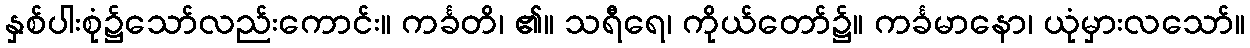
နှစ်ပါးစုံ၌သော်လည်းကောင်း။ ကင်္ခတိ၊ ၏။ သရီရေ၊ ကိုယ်တော်၌။ ကင်္ခမာနော၊ ယုံမှားလသော်။